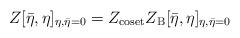
LaTeX: \begin{align*}Z[{\bar \eta},\eta]_ {\eta,\bar\eta=0} =Z_{{\rm coset}}Z_{{\rm B}}[{\bar \eta},\eta] _{\eta,\bar\eta=0}\end{align*}